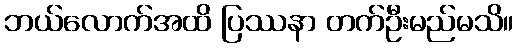
ဘယ်လောက်အထိ ပြဿနာ တက်ဦးမည်မသိ။